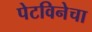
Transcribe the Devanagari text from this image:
पेटविनेचा